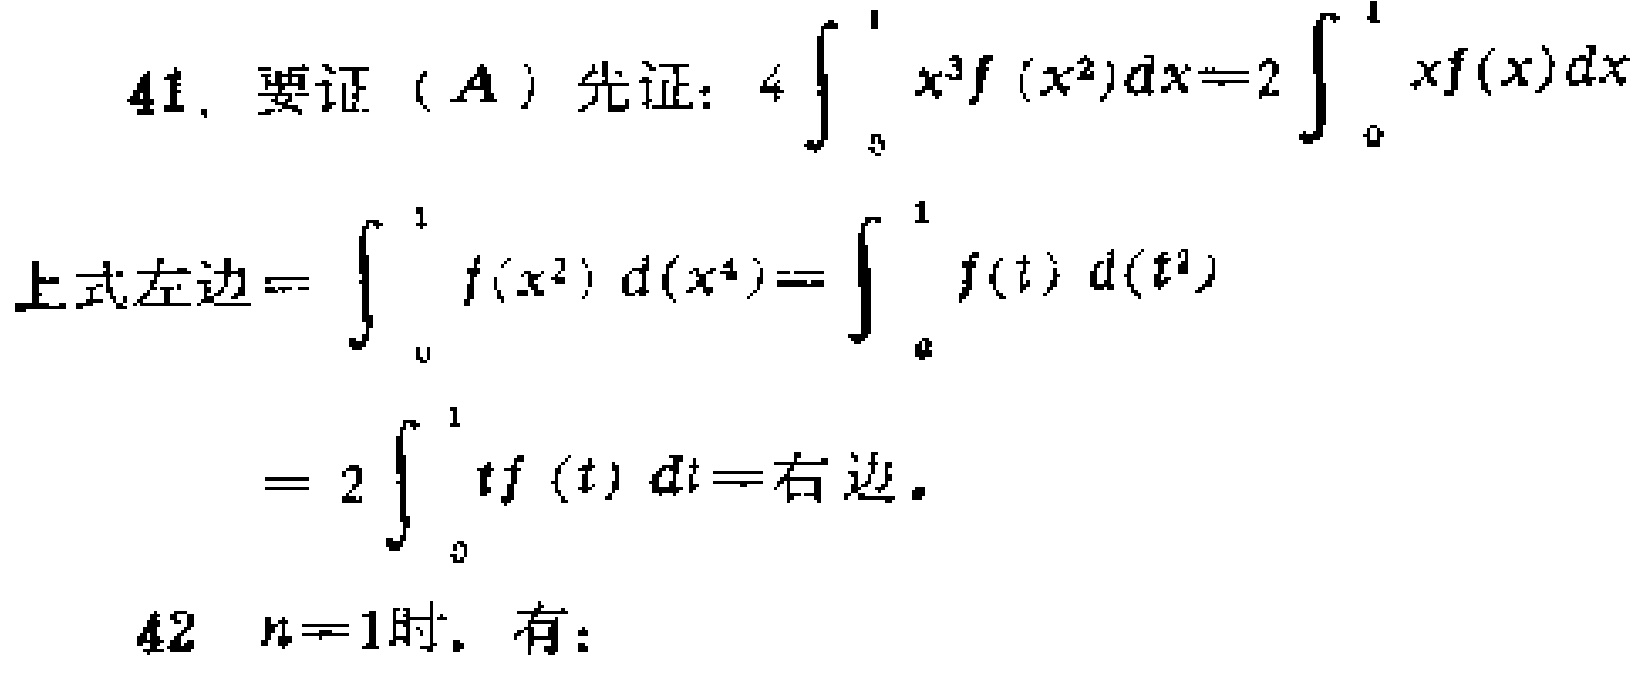
41. 要证 (A) 先证：\(4\int_{0}^{1}x^{3}f(x^{2})dx = 2\int_{0}^{1}xf(x)dx\)
上式左边\(=\int_{0}^{1}f(x^{2})d(x^{4})=\int_{0}^{1}f(t)d(t^{2})\)
\(= 2\int_{0}^{1}tf(t)dt =\)右边.
42 \(n = 1\)时，有：